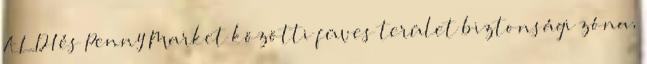
ALDI és Penny Market közötti füves terület biztonsági zóna,